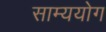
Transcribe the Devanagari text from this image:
साम्ययोग